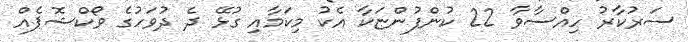
ސަރުކާރު ހިއްސާވާ 22 ކުންފުންޏަކާ އެކު މިކަމާއި ގުޅޭ ދެ ދުވަހުގެ ވޯކްޝޮޕެއް